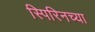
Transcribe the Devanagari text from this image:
स्पिरिनच्या